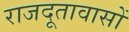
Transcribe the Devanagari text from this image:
राजदूतावासों